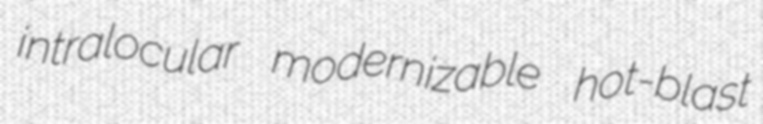
intralocular modernizable hot-blast